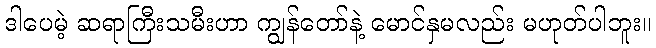
ဒါပေမဲ့ ဆရာကြီးသမီးဟာ ကျွန်တော်နဲ့ မောင်နှမလည်း မဟုတ်ပါဘူး။